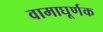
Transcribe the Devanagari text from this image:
वामाघूर्णक